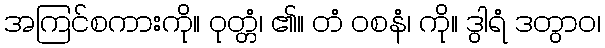
အကြင်စကားကို။ ဝုတ္တံ၊ ၏။ တံ ဝစနံ၊ ကို။ ဒွါရံ ဒတွာဝ၊